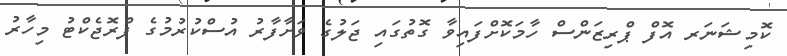
ކޮމިޝަނަރ އޮފް ޕްރިޒަންސް ހާމަކޮށްފައިވާ ގޮތުގައި ޖަލުގެ ވަށާފާރު އުސްކުރުމުގެ ޕްރޮޖެކްޓު މިހާރު